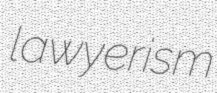
lawyerism